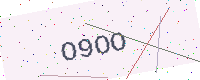
Text: O9OO